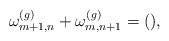
\begin{align*} \omega^{(g)}_{m+1,n}+\omega^{(g)}_{m,n+1}=(),\end{align*}